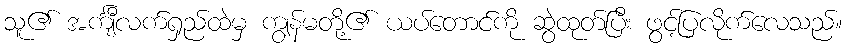
သူ၏ အင်္ကျီလက်ရှည်ထဲမှ ကျွန်မတို့၏ ယပ်တောင်ကို ဆွဲထုတ်ပြီး ဖွင့်ပြလိုက်လေသည်။